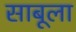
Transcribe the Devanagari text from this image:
साबूला